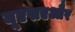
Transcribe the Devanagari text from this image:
यूएसएऔर